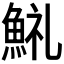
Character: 𩷋